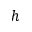
h